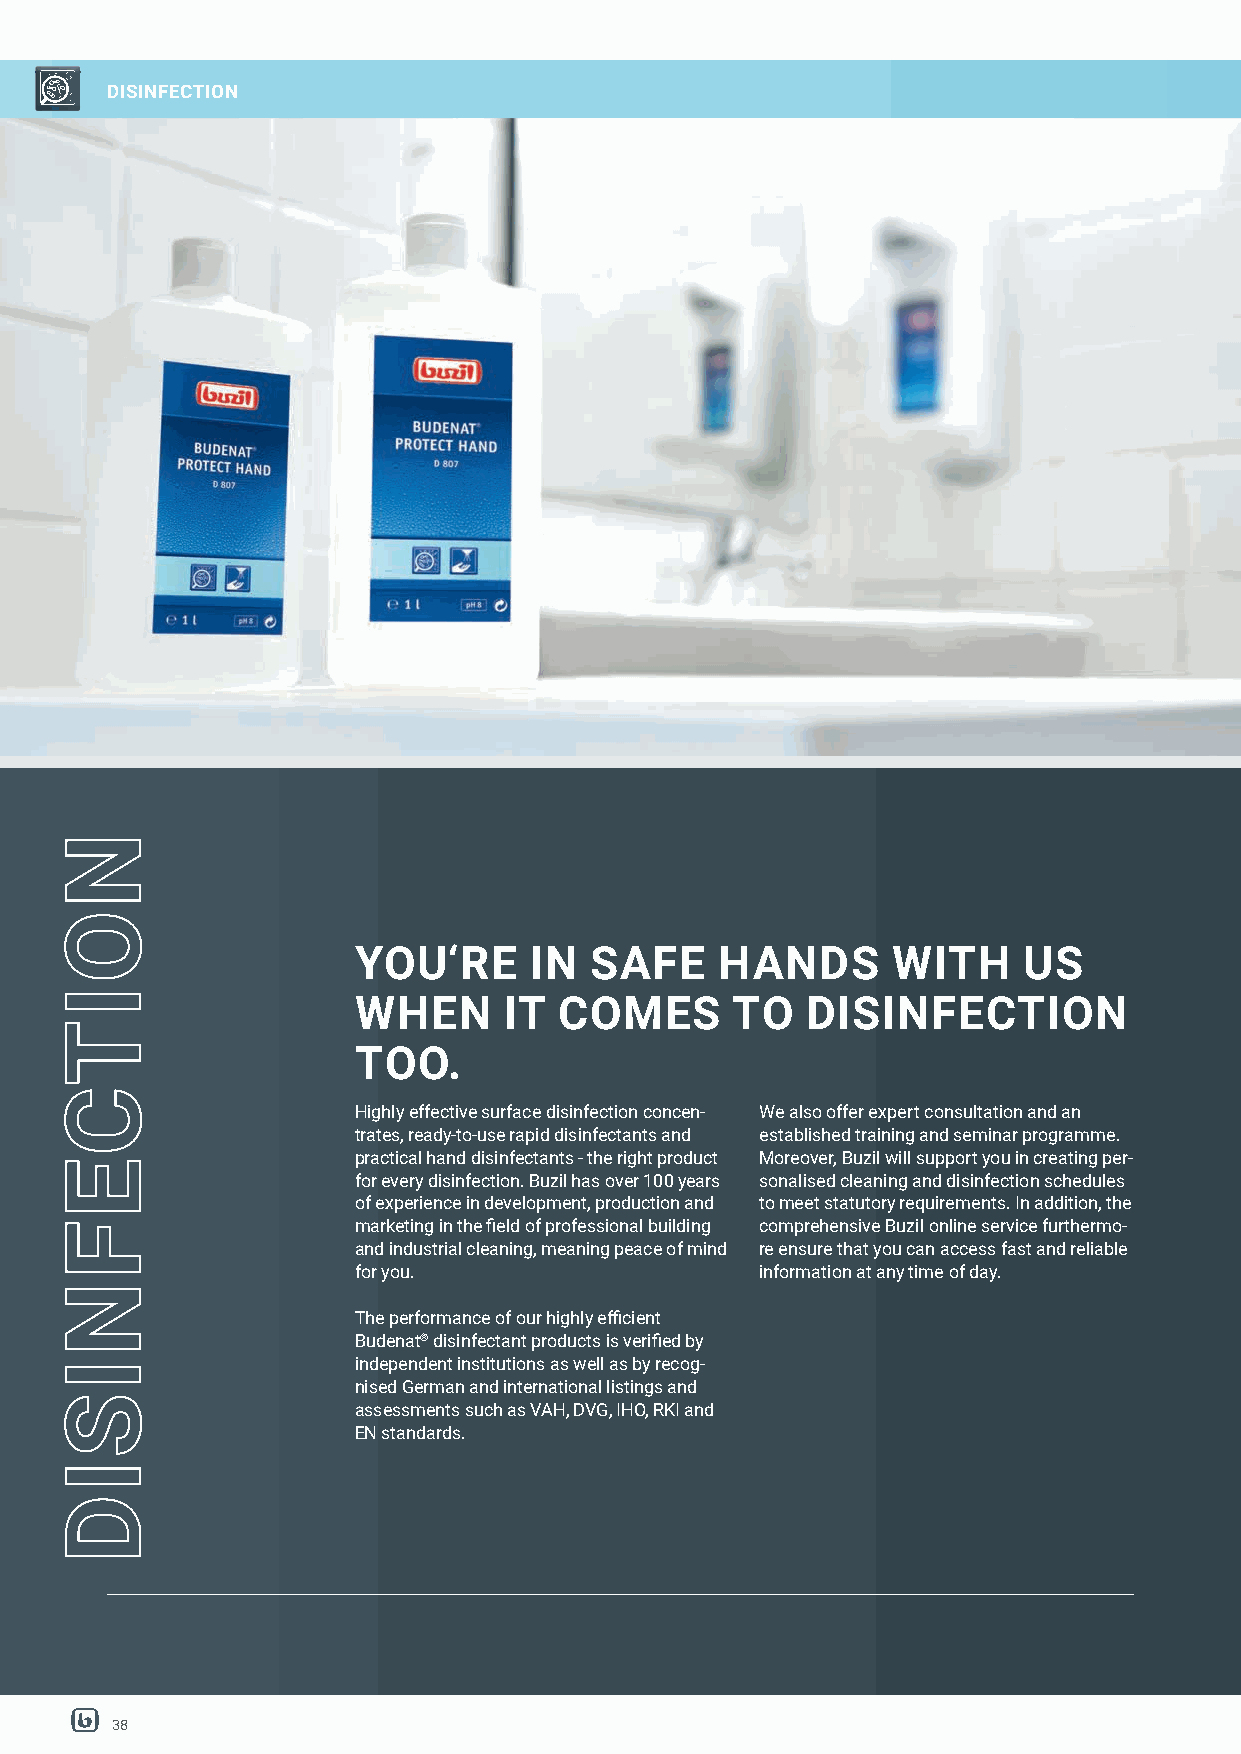
DISINFECTION
 YOU‘RE     IN  SAFE     HANDS      WITH     US
 WHEN     IT  COMES      TO   DISINFECTION
 TOO.
 Highly effective surface disinfection concen- We also offer expert consultation and an
 trates, ready-to-use rapid disinfectants and established training and seminar programme.
 practical hand disinfectants - the right product Moreover, Buzil will support you in creating per-
 for every disinfection. Buzil has over 100 years sonalised cleaning and disinfection schedules
 of experience in development, production and to meet statutory requirements. In addition, the
 marketing in the fi eld of professional building comprehensive Buzil online service furthermo-
 and industrial cleaning, meaning peace of mind re ensure that you can access fast and reliable
 for you.                   information at any time of day.
 The performance of our highly effi cient
 Budenat® disinfectant products is verifi ed by
 independent institutions as well as by recog-
 nised German and international listings and
 assessments such as VAH, DVG, IHO, RKI and
 EN standards.
 38
 NOITCEFNISID